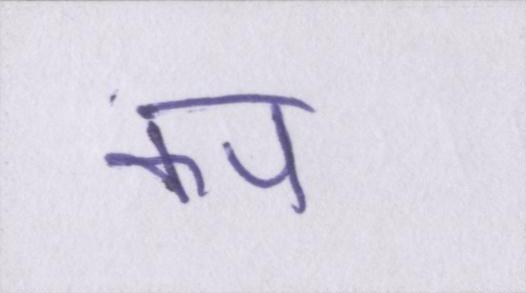
कप